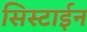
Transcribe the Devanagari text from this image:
सिस्टाईन